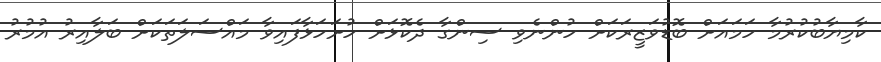
ކާމިޔާބުކުރުމާ ހަމައަށް ބޮޑުވަޒީރަކަށް ހުންނެވި ސިންގާ ދެކޮޅަށް ހުށަހަޅާފައިވާ މައްސަލަތަކަށް ބަލާއިރު އުމުރު